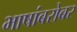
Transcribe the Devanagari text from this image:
भाषांबरोबर